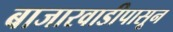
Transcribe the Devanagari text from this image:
बाजारवाडीपासून